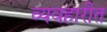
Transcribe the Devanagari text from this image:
व्यवहारीत